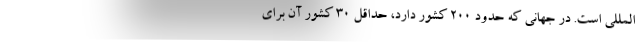
‌المللی است. در جهانی که حدود ۲۰۰ کشور دارد، حداقل ۳۰ کشور آن برای